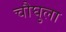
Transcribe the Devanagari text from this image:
चौघुला